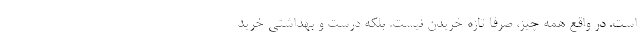
است. در واقع همه چیز، صرفا تازه خریدن نیست. بلکه درست و بهداشتی خرید